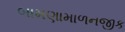
બામણામાળનજીક